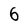
Character: 6